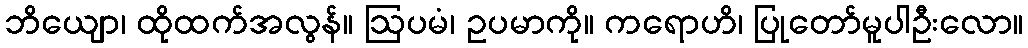
ဘိယျော၊ ထိုထက်အလွန်။ ဩပမံ၊ ဥပမာကို။ ကရောဟိ၊ ပြုတော်မူပါဦးလော။